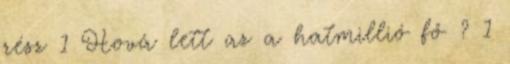
rész 1 Hová lett az a hatmillió fő ? 1